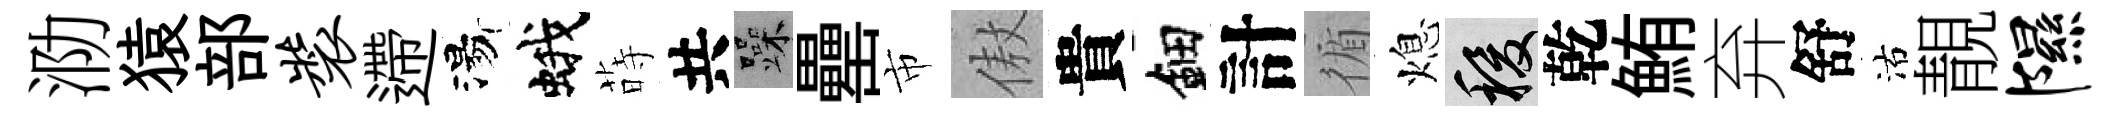
泐猿部装遰湯蛾蒔共躁罍市傲貴鈿計循熄稷乾鮪弃舒沽靚隰